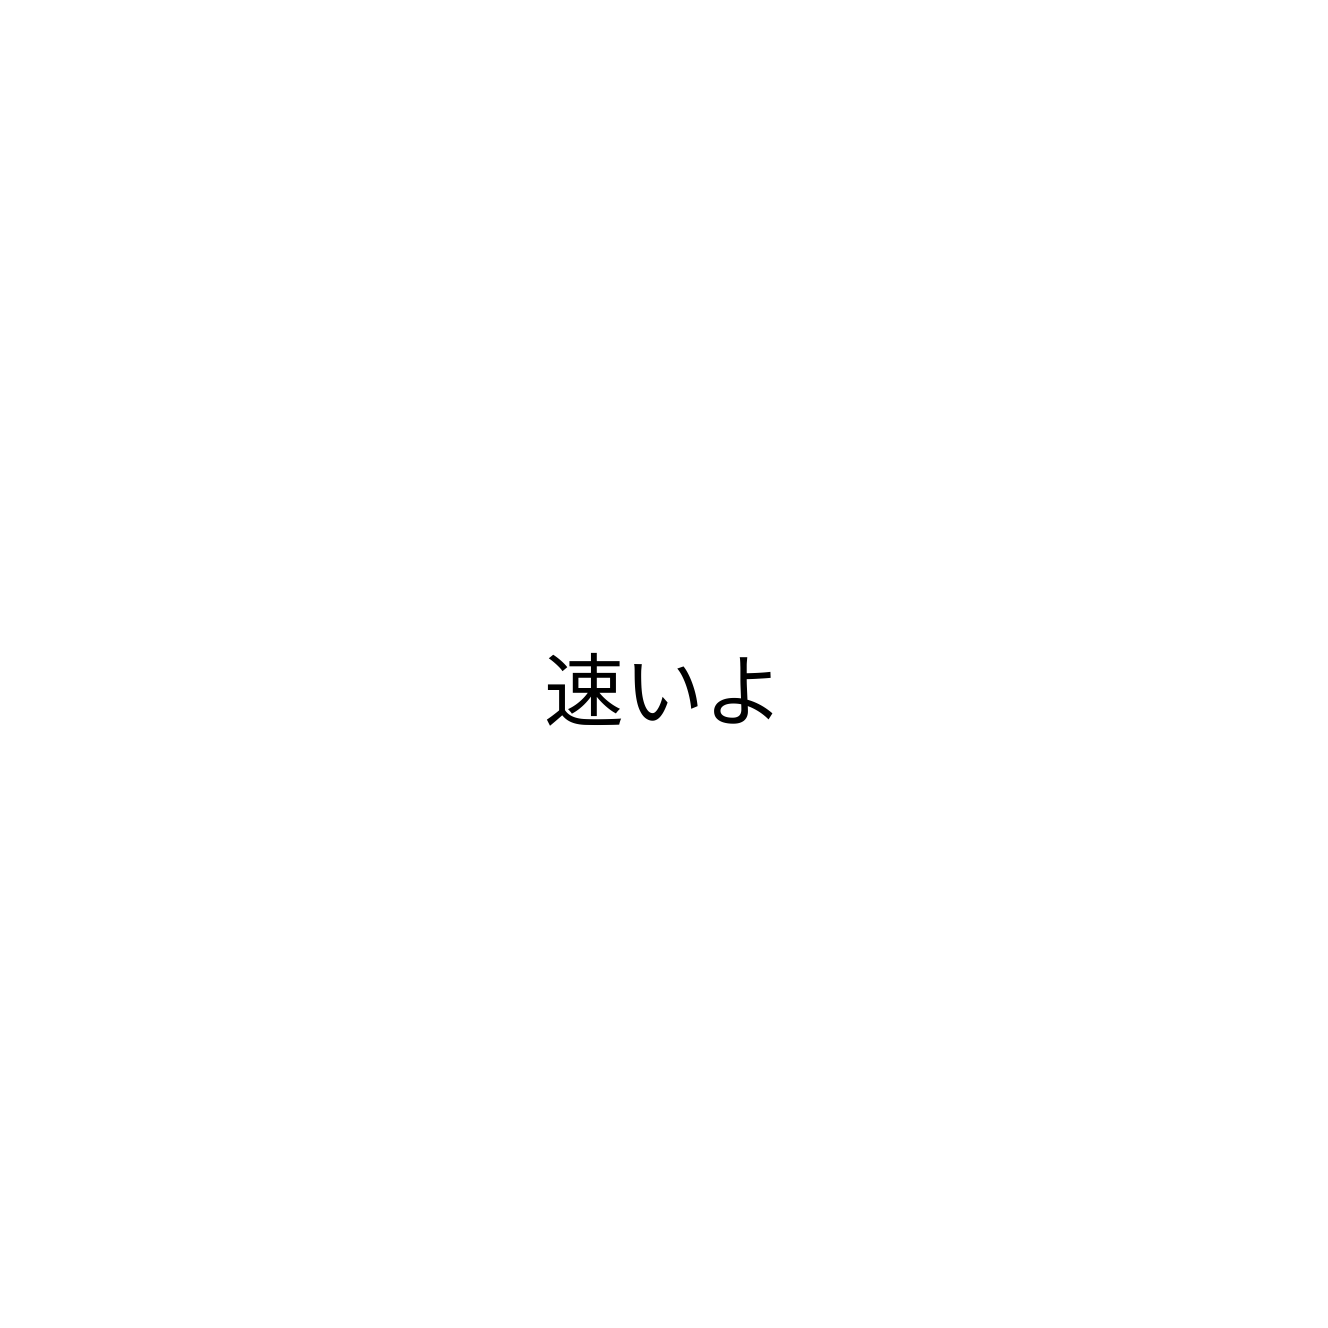
速いよ